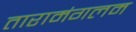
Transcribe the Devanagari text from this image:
तारामंगलम